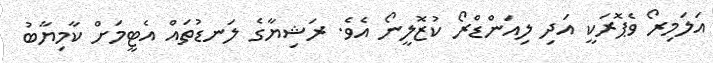
އަލަމިރޯ ވެޕޮރަކީ އަދި ލިއަންޑްރޯ ކުޒޮލީނޯ އެވެ. ރަޝިޔާގެ ލަނޑުތައް އެޓީމަށް ކާމިޔާބު